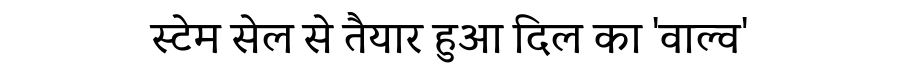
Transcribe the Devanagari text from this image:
स्टेम सेल से तैयार हुआ दिल का 'वाल्व'